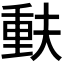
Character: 𫯳